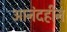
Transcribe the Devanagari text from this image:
आनंदहीन